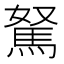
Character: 駑